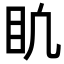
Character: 𥃶